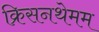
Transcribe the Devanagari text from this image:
क्रिसनथेमम